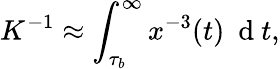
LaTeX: K^{-1}\approx\int_{\tau_{b}}^{\infty}x^{-3}(t)\ \mathrm{~d~}t,